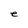
Character: e